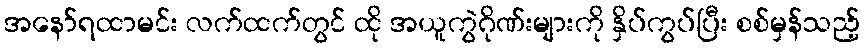
အနော်ရထာမင်း လက်ထက်တွင် ထို အယူကွဲဂိုဏ်းများကို နှိပ်ကွပ်ပြီး စစ်မှန်သည့်